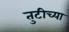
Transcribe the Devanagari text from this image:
तुटीच्या